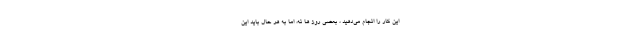
این کار را انجام می­دهید ، بعضی روز ها نه، اما به هر حال باید این